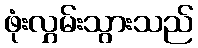
ဖုံးလွှမ်းသွားသည်